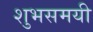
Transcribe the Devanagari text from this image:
शुभसमयी